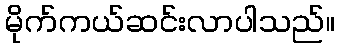
မိုက်ကယ်ဆင်းလာပါသည်။